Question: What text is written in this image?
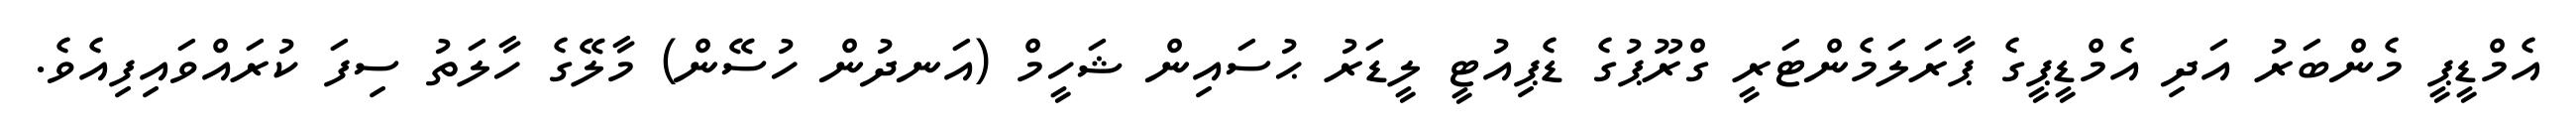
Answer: އެމްޑީޕީ މެންބަރު އަދި އެމްޑީޕީގެ ޕާރަލަމެންޓަރީ ގްރޫޕުގެ ޑެޕިއުޓީ ލީޑަރު ޙުސައިން ޝަހީމް (އަނދުން ހުސޭން) މާލޭގެ ހާލަތު ސިފަ ކުރައްވައިފިއެވެ.